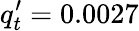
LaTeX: q_{t}^{\prime}=0.0027